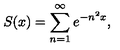
S ( x ) = \sum _ { n = 1 } ^ { \infty } e ^ { - n ^ { 2 } x } ,